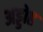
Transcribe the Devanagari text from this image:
अड्डोह